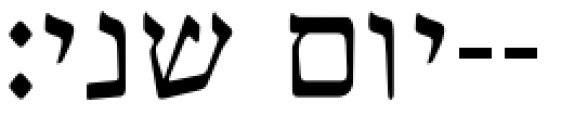
יום שני׃--